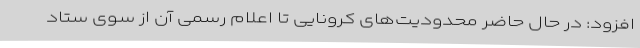
افزود: در حال حاضر محدودیت‌های کرونایی تا اعلام رسمی آن از سوی ستاد